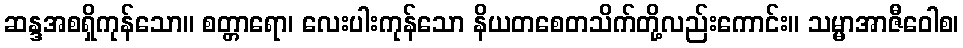
ဆန္ဒအစရှိကုန်သော။ စတ္တာရော၊ လေးပါးကုန်သော နိယတစေတသိက်တို့လည်းကောင်း။ သမ္မာအာဇီဝေါစ၊